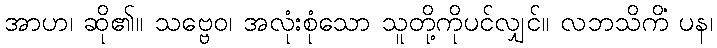
အာဟ၊ ဆို၏။ သဗ္ဗေဝ၊ အလုံးစုံသော သူတို့ကိုပင်လျှင်။ လဘသိကိံ ပန၊